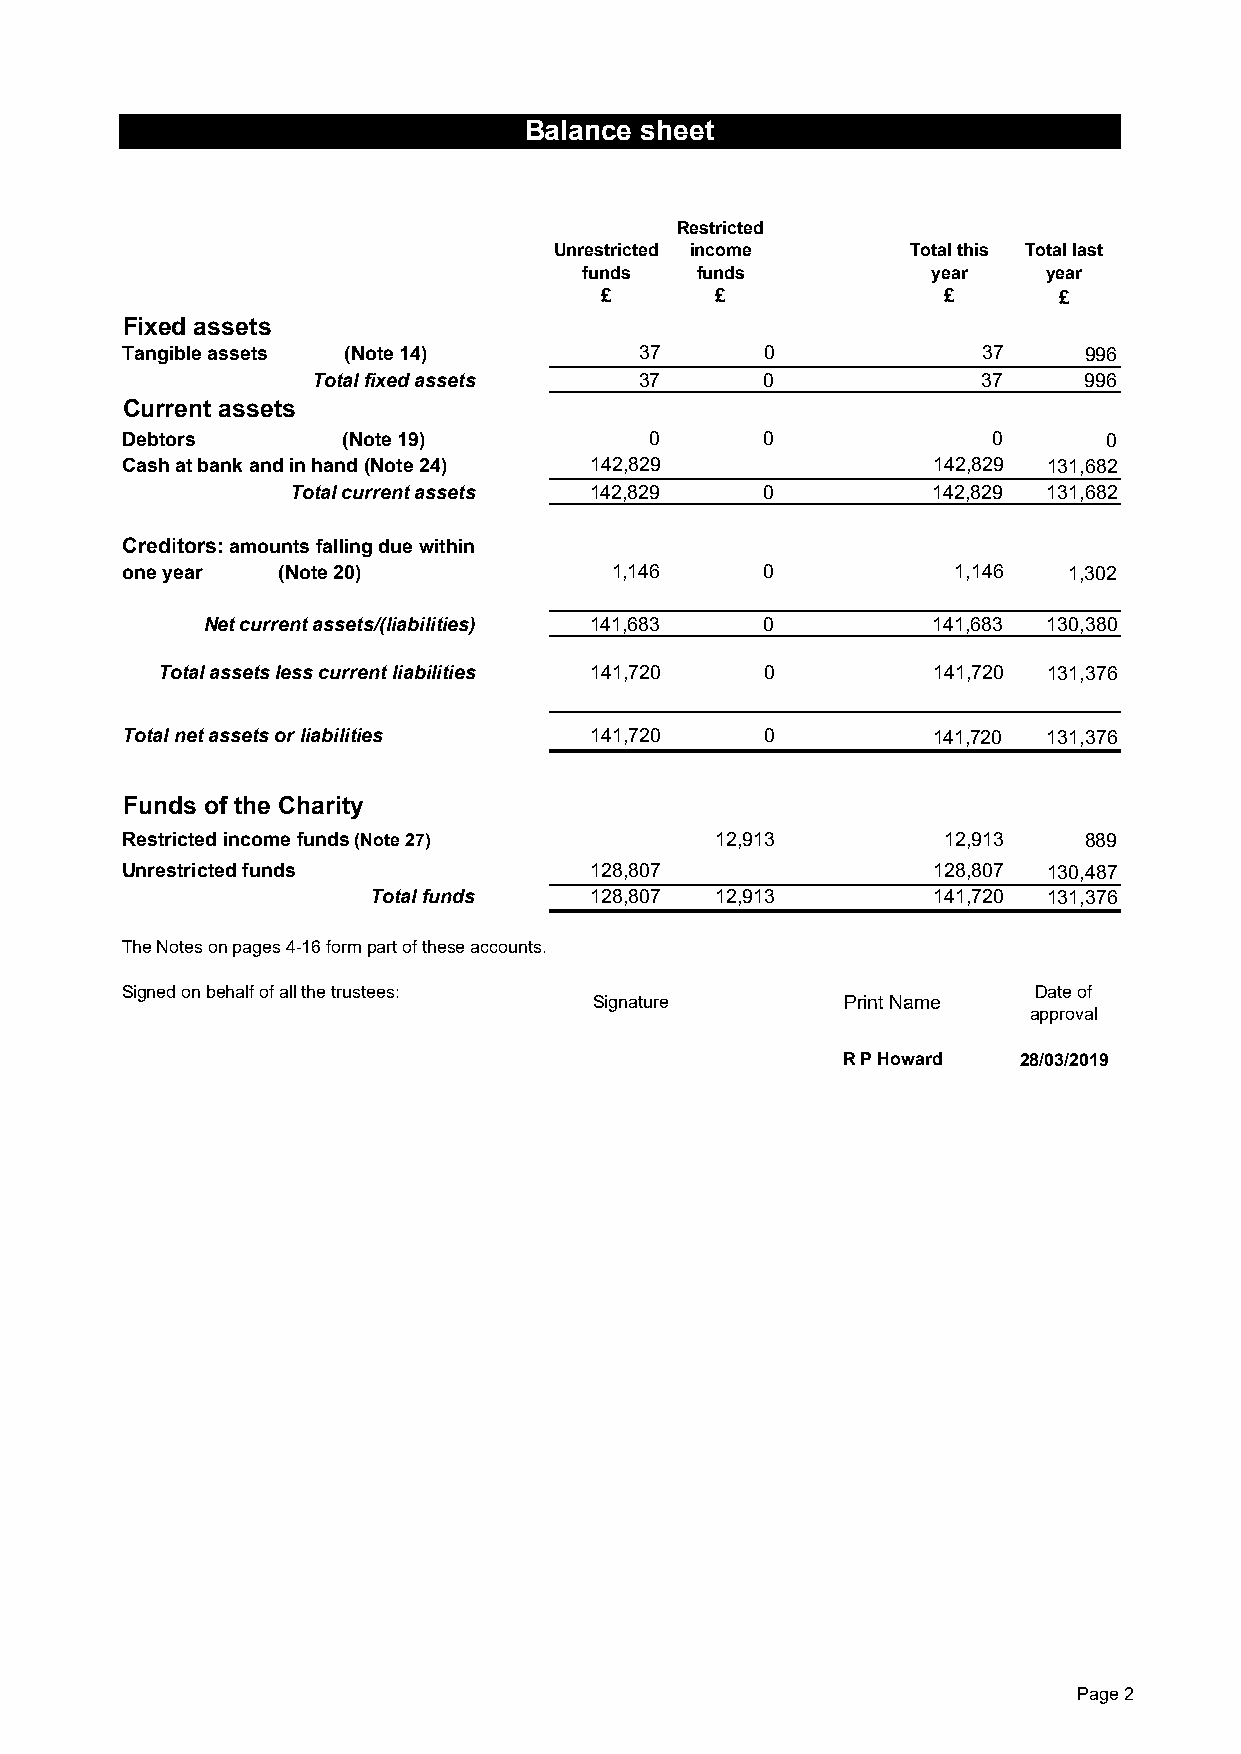
Balance sheet
 Restricted
 Unrestricted income    Total this Total last
 funds  funds           year   year
 £      £              £       £
 Fixed assets
 Tangible assets (Note 14)         37       0             37     996
 Total fixed assets   37       0             37     996
 Current assets
 Debtors        (Note 19)           0       0              0      0
 Cash at bank and in hand (Note 24) 142,829            142,829 131,682
 Total current assets 142,829    0          142,829 131,682
 Creditors: amounts falling due within
 one year  (Note 20)             1,146      0           1,146   1,302
 Net current assets/(liabilities) 141,683 0       141,683 130,380
 Total assets less current liabilities 141,720 0     141,720 131,376
 Total net assets or liabilities 141,720    0          141,720 131,376
 Funds of the Charity
 Restricted income funds (Note 27)      12,913         12,913    889
 Unrestricted funds             128,807                128,807 130,487
 Total funds    128,807 12,913         141,720 131,376
 The Notes on pages 4-16 form part of these accounts.
 Signed on behalf of all the trustees:                       Date of
 Signature        Print Name
 approval
 R P Howard 28/03/2019
 Page 2